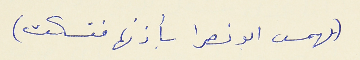
(يهمس ابو نصرا بأذنها فتسكت)